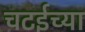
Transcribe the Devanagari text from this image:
चटईच्या